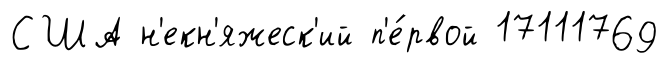
США н'екн'яжеск'ий п'е́рвой 17111769